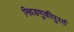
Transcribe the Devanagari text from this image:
निवडणुकीपुरतं